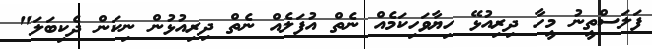
ފަލަސްތީނު މީހާ ދިރިއުޅޭ ހިޔާވަހިކަމެއް ނެތް އުފަލެއް ނެތް ދިރިއުޅުން ނިކަން ދެކިބަލަ"